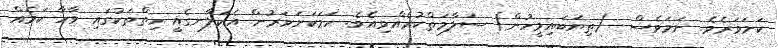
ކަށަވަރެވެ. ނަމަވެސް  (ތިޔަބައިމީހުން) ސަލާމަތްކުރެއްވިއެވެ. ހަމަކަށަވަރުން އެކަލާނގެއީ ހިތްތަކުގައި ވާހާ ކަމެއް